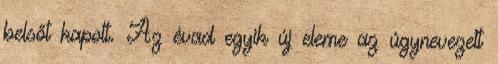
belsőt kapott. Az évad egyik új eleme az úgynevezett